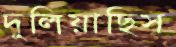
দুলিয়াছিস